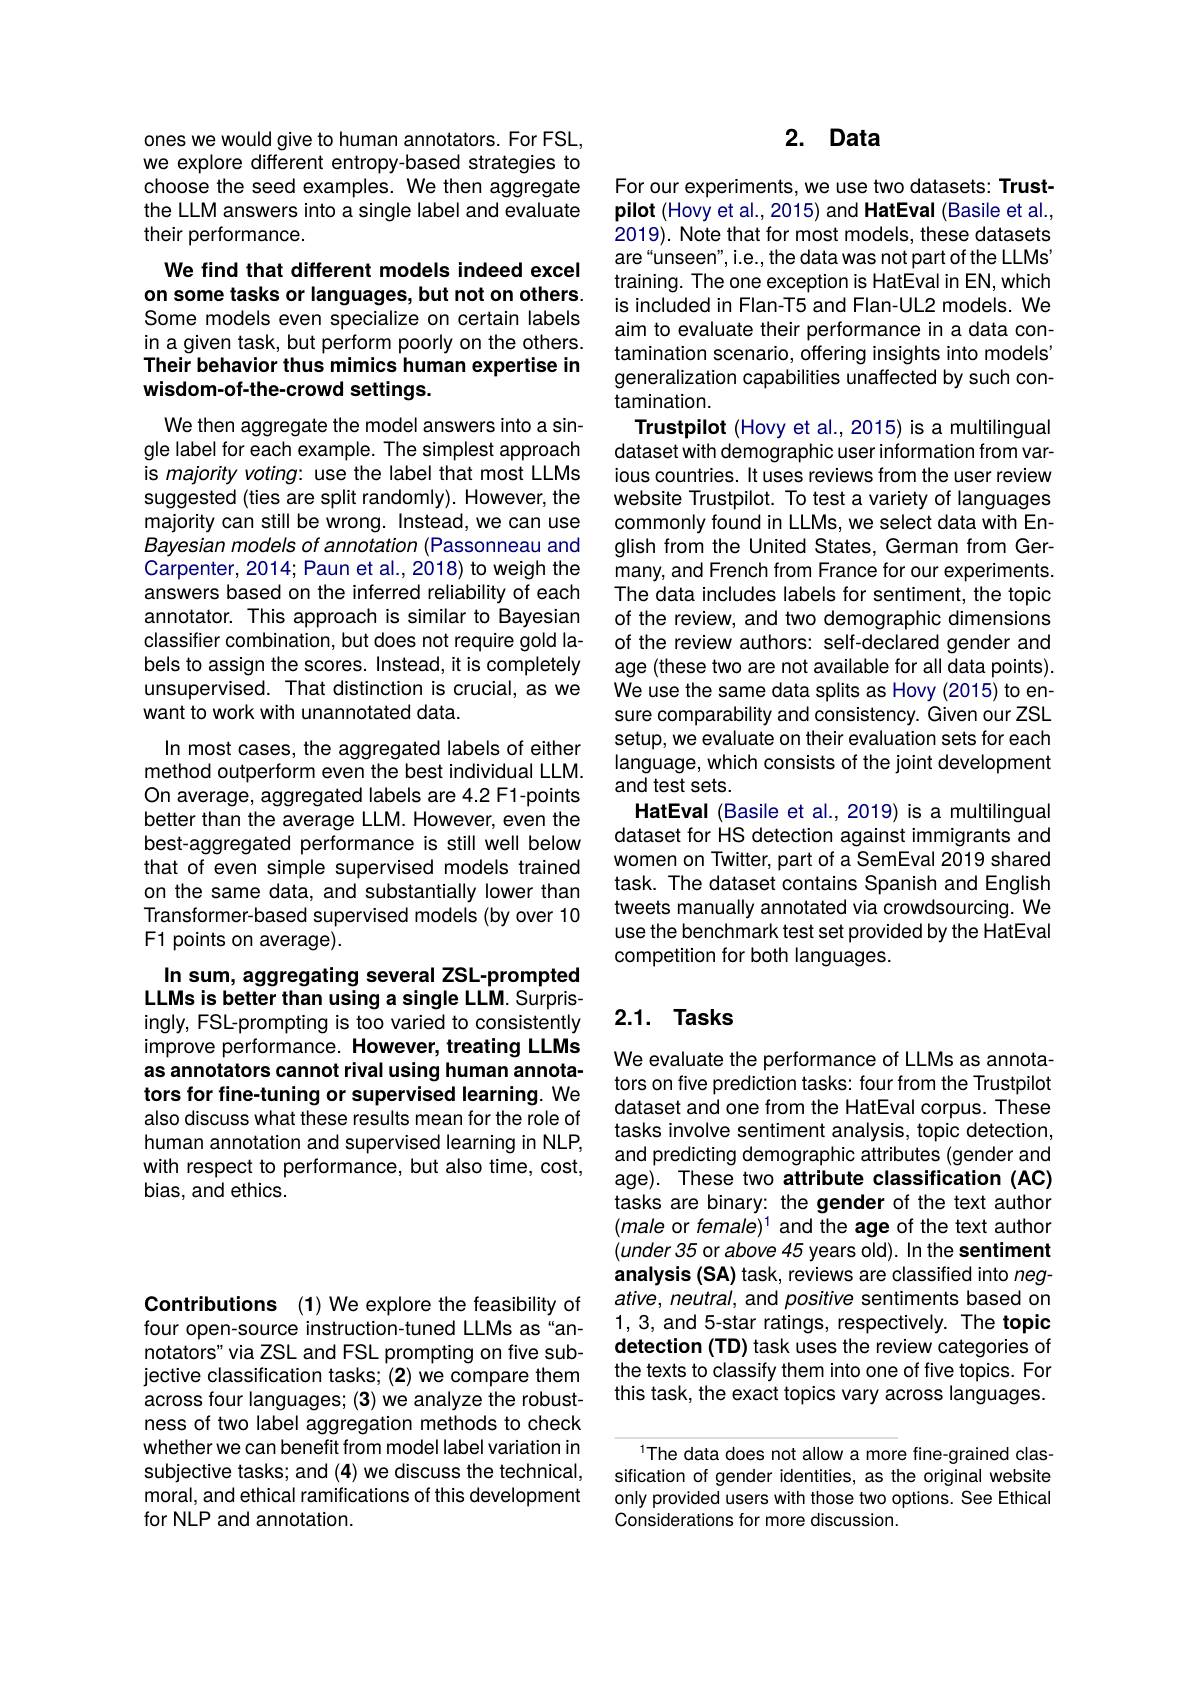
ones we would give to human annotators. For FSL, we explore different entropy-based strategies to choose the seed examples. We then aggregate the LLM answers into a single label and evaluate their performance.

We find that different models indeed excel on some tasks or languages, but not on others. Some models even specialize on certain labels in a given task, but perform poorly on the others. Their behavior thus mimics human expertise in wisdom-of-the-crowd settings.

We then aggregate the model answers into a single label for each example. The simplest approach is majority voting: use the label that most LLMs suggested (ties are split randomly). However, the majority can still be wrong. Instead, we can use Bayesian models of annotation (Passonneau and Carpenter, 2014; Paun et al., 2018) to weigh the answers based on the inferred reliability of each annotator. This approach is similar to Bayesian classifier combination, but does not require gold labels to assign the scores. Instead, it is completely unsupervised. That distinction is crucial, as we want to work with unannotated data.
In most cases, the aggregated labels of either method outperform even the best individual LLM. On average, aggregated labels are 4.2 F1-points better than the average LLM. However, even the best-aggregated performance is still well below that of even simple supervised models trained on the same data, and substantially lower than Transformer-based supervised models (by over 10 F1 points on average).
In sum, aggregating several ZSL-prompted

LLMs is better than using a single LLM. Surpris-

ingly, FSL-prompting is too varied to consistently improve performance. However, treating LLMs as annotators cannot rival using human annotators for fine-tuning or supervised learning. We also discuss what these results mean for the role of human annotation and supervised learning in NLP, with respect to performance, but also time, cost, bias, and ethics.

## 2. Data

For our experiments, we use two datasets: Trustpilot (Hovy et al., 2015) and HatEval (Basile et al., 2019). Note that for most models, these datasets are“unseen”, i.e., the data was not part of the LLMs" training. The one exception is HatEval in EN, which is included in Flan-T5 and Flan-UL2 models. We aim to evaluate their performance in a data contamination scenario, offering insights into models' generalization capabilities unaffected by such contamination.
Trustpilot (Hovy et al., 2015) is a multilingual dataset with demographic user information from various countries. It uses reviews from the user review website Trustpilot. To test a variety of languages commonly found in LLMs, we select data with English from the United States, German from Germany, and French from France for our experiments. The data includes labels for sentiment, the topic of the review, and two demographic dimensions of the review authors: self-declared gender and age (these two are not available for all data points). We use the same data splits as Hovy (2015) to ensure comparability and consistency. Given our ZSL setup, we evaluate on their evaluation sets for each language, which consists of the joint development and test sets.
HatEval (Basile et al., 2019) is a multilingual dataset for HS detection against immigrants and women on Twitter, part of a SemEval 2019 shared task. The dataset contains Spanish and English tweets manually annotated via crowdsourcing. We use the benchmark test set provided by the HatEval competition for both languages.

# 2.1. Tasks

We evaluate the performance of LLMs as annotators on five prediction tasks: four from the Trustpilot dataset and one from the HatEval corpus. These tasks involve sentiment analysis, topic detection, and predicting demographic attributes (gender and age). These two attribute classification (AC) tasks are binary: the gender of the text author $(male$ or female)$^1$ and the age of the text author $(under35$ or above 45 years old). In the sentiment analysis (SA) task, reviews are classified into negative, neutral, and positive sentiments based on 1,3, and 5-star ratings, respectively. The topic detection (TD) task uses the review categories of the texts to classify them into one of five topics. For this task, the exact topics vary across languages.

The data does not allow a more fine-grained classification of gender identities, as the original website only provided users with those two options. See Ethical Considerations for more discussion.

Contributions (1) We explore the feasibility of

four open-source instruction-tuned LLMs as "annotators" via ZSL and FSL prompting on five subjective classification tasks; (2) we compare them across four languages; (3) we analyze the robustness of two label aggregation methods to check whether we can benefit from model label variation in subjective tasks; and (4) we discuss the technical, moral, and ethical ramifications of this development for NLP and annotation.